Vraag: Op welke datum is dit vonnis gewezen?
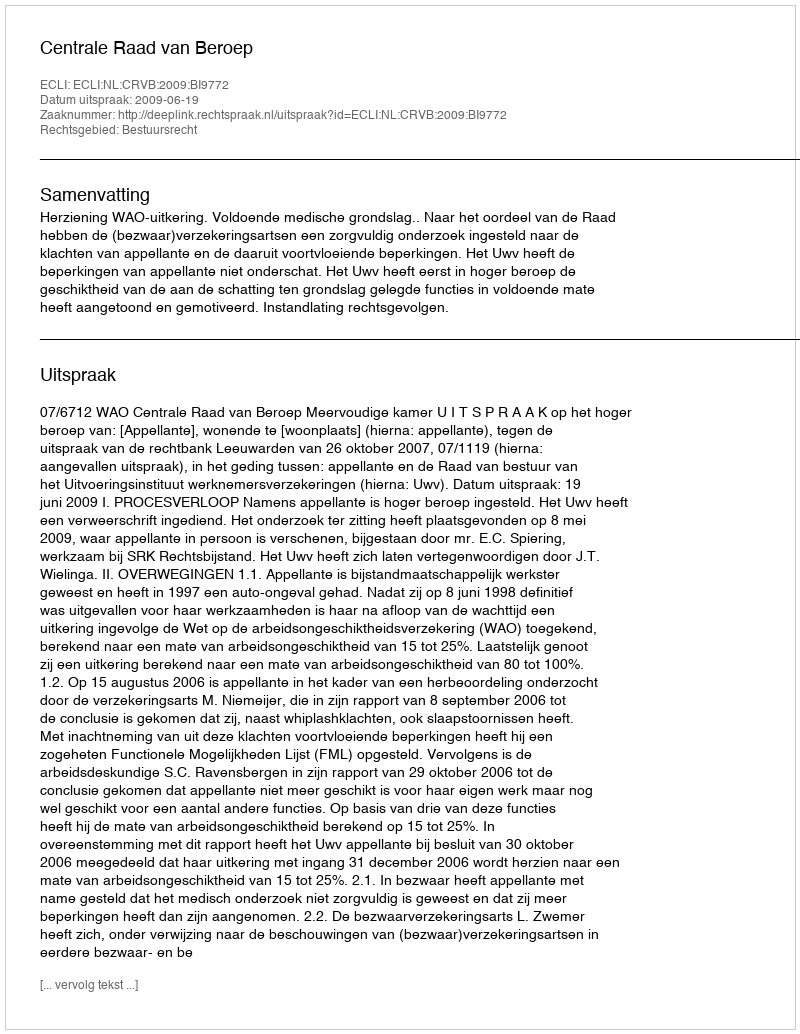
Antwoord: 2009-06-19